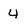
Character: 4